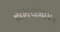
સમયમાપક